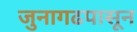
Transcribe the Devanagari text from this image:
जुनागढपासून